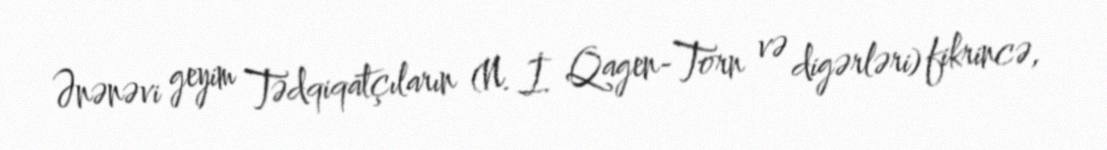
Ənənəvi geyim Tədqiqatçıların (N. İ. Qagen-Torn və digərləri) fikrincə,